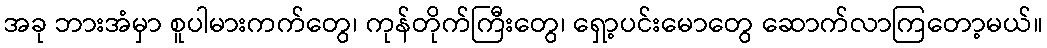
အခု ဘားအံမှာ စူပါမားကက်တွေ၊ ကုန်တိုက်ကြီးတွေ၊ ရှော့ပင်းမောတွေ ဆောက်လာကြတော့မယ်။